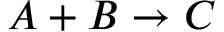
A + B \rightarrow C